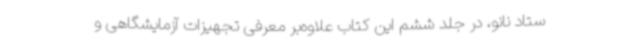
ستاد نانو، در جلد ششم این کتاب علاوه‌بر معرفی تجهیزات آزمایشگاهی و